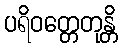
ပရိဝတ္တေတုန္တိ